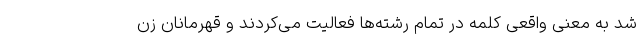
شد به معنی واقعی کلمه در تمام رشته‌ها فعالیت می‌کردند و قهرمانان زن